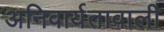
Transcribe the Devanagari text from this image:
अनिवार्यतावाली